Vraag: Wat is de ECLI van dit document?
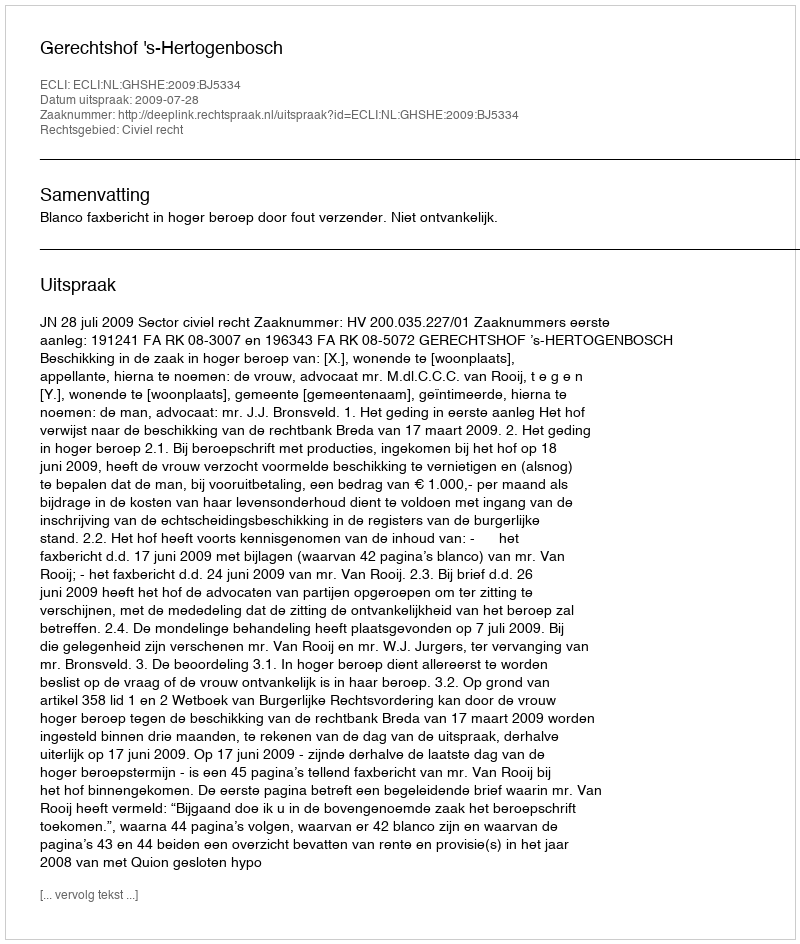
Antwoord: ECLI:NL:GHSHE:2009:BJ5334